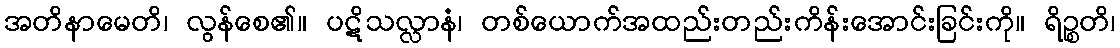
အတိနာမေတိ၊ လွန်စေ၏။ ပဋိသလ္လာနံ၊ တစ်ယောက်အထည်းတည်းကိန်းအောင်းခြင်းကို။ ရိဉ္စတိ၊